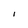
Character: I